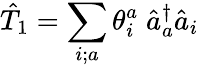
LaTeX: \hat{T}_{1}=\sum_{i;a}\theta_{i}^{a}\; \hat{a}_{a}^{\dagger}\hat{a}_{i}